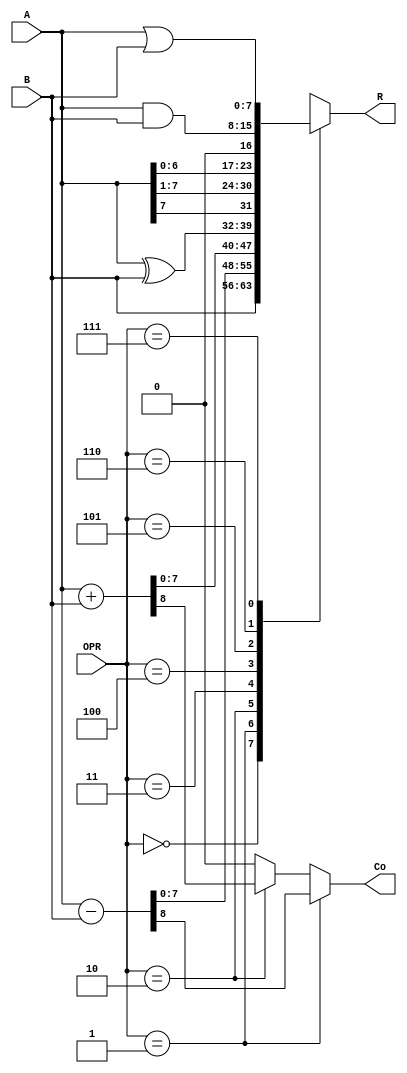
`timescale 1ns/1ns

module alu ( A, B, OPR, R, Co );
input  [7:0] A, B;
input  [2:0] OPR;
output [7:0] R;
output Co;

// INSIRA AQUI O SEU MODELO DA ALU

reg [7:0] R;

wire [7:0] ROPR0, ROPR1, ROPR2, ROPR3, ROPR4, ROPR5, ROPR6, ROPR7;
wire CoS, CoA;

assign ROPR0=B;
assign {CoS, ROPR1}=A-B;
assign {CoA, ROPR2}=A+B;
assign ROPR3=A^B;
assign ROPR4={A[7], A[7:1]};
assign ROPR5=A<<1;
assign ROPR6=A&B;
assign ROPR7=A|B;

assign Co=(OPR==3'b001) ? CoS : (OPR==3'b010) ? CoA : 1'b0;   // CARRY
					 
always @*
  case (OPR)
    3'b000: R=ROPR0;
    3'b001: R=ROPR1;
    3'b010: R=ROPR2;
    3'b011: R=ROPR3;
    3'b100: R=ROPR4;
    3'b101: R=ROPR5;
    3'b110: R=ROPR6;
    3'b111: R=ROPR7;
  endcase  

endmodule